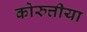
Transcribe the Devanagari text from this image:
कोरुत्तीया